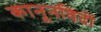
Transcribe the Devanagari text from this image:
कानूनविदों